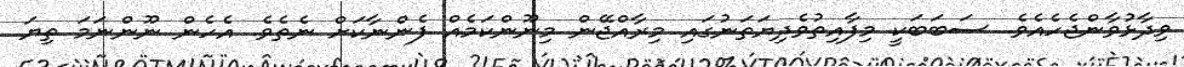
ވިދާޅުވާންޖެހެއެވެ. ސަބަބަކީ މިފާއިތުވެދިޔަތަނުގައި މިރާއްޖޭން މިނޫންކަމެއް ފެންނާކަށް ނެތެވެ. އެހެން ނޫންނަމަ ތިޔަ